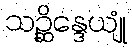
သဉ္ဆိန္ဒေယျုံ